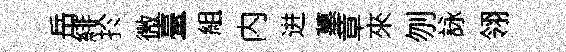
岳緋扵微臺組内进墓章來刎詠翎